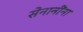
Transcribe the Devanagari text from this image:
सेनानींना